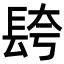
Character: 𮣼